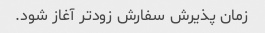
زمان پذیرش سفارش زودتر آغاز شود.